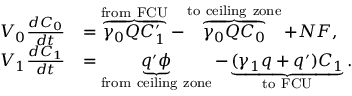
\begin{array} { r l } { V _ { 0 } \frac { d C _ { 0 } } { d t } } & { = \overbrace { \gamma _ { 0 } Q C _ { 1 } ^ { \prime } } ^ { \mathrm { f r o m \ F C U } } - \overbrace { \gamma _ { 0 } Q C _ { 0 } } ^ { \mathrm { t o \ c e i l i n g \ z o n e } } + N F , } \\ { V _ { 1 } \frac { d C _ { 1 } } { d t } } & { = \underbrace { q ^ { \prime } \phi } _ { \mathrm { f r o m \ c e i l i n g \ z o n e } } - \underbrace { ( \gamma _ { 1 } q + q ^ { \prime } ) C _ { 1 } } _ { \mathrm { t o \ F C U } } . } \end{array}